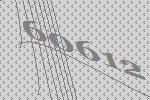
60612